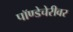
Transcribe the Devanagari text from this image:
पॉण्डेचेरीवर